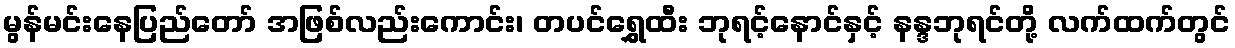
မွန်မင်းနေပြည်တော် အဖြစ်လည်းကောင်း၊ တပင်ရွှေထီး ဘုရင့်နောင်နှင့် နန္ဒဘုရင်တို့ လက်ထက်တွင်